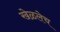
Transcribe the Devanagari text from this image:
खेळलेच